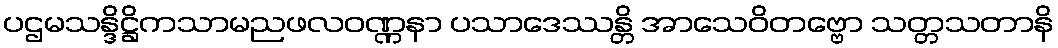
ပဌမသန္ဒိဋ္ဌိကသာမညဖလဝဏ္ဏနာ ပသာဒေဿန္တိ အာသေဝိတဗ္ဗော သတ္တသတာနိ